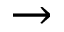
\to